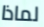
لماذا